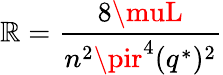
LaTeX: \mathbb{R}={\frac{{8\muL}}{{n^{2}\pir^{4}(q^{*})^{2}}}}